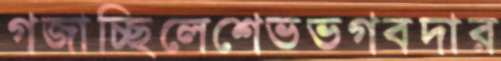
গজাচ্ছিলেশেভভগবদার